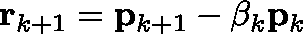
\mathbf { r } _ { k + 1 } = \mathbf { p } _ { k + 1 } - \mathbf { \beta } _ { k } \mathbf { p } _ { k }